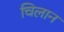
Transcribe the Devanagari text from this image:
चिलान